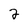
Character: 2